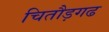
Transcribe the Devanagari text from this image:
चितौड़गढ